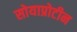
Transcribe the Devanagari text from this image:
सोयाप्रोटीन